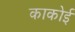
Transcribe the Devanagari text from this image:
काकोई